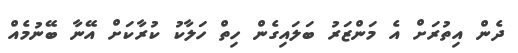
ދެން އިތުރަށް އެ މަންޒަރު ބަލައިގެން ހިތް ހަލާކު ކުރާކަށް އޭނާ ބޭނުމެއް